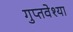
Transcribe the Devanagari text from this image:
गुप्तवेश्या